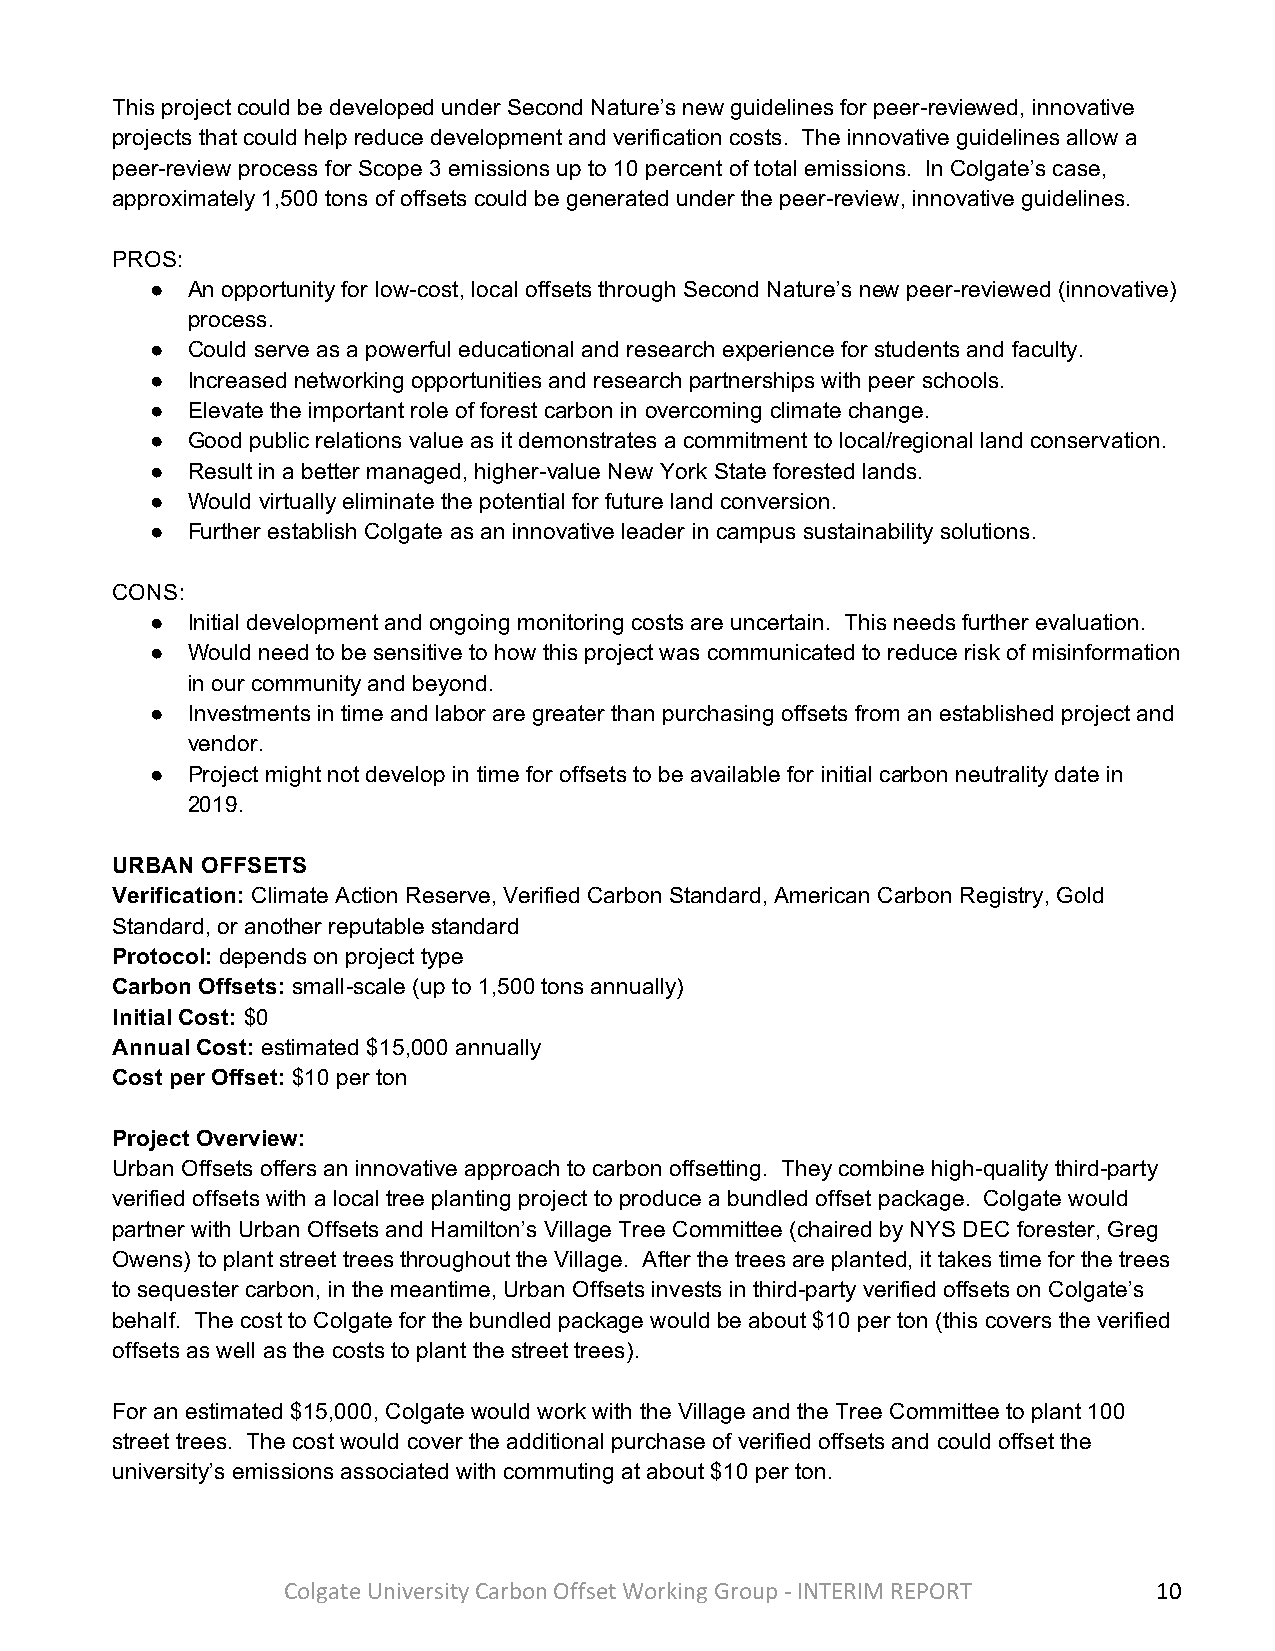
This project could be developed under Second Nature’s new guidelines for peer-reviewed, innovative
 projects that could help reduce development and verification costs. The innovative guidelines allow a
 peer-review process for Scope 3 emissions up to 10 percent of total emissions. In Colgate’s case,
 approximately 1,500 tons of offsets could be generated under the peer-review, innovative guidelines.
 PROS:
 ● An opportunity for low-cost, local offsets through Second Nature’s new peer-reviewed (innovative)
 process.
 ● Could serve as a powerful educational and research experience for students and faculty.
 ● Increased networking opportunities and research partnerships with peer schools.
 ● Elevate the important role of forest carbon in overcoming climate change.
 ● Good public relations value as it demonstrates a commitment to local/regional land conservation.
 ● Result in a better managed, higher-value New York State forested lands.
 ● Would virtually eliminate the potential for future land conversion.
 ● Further establish Colgate as an innovative leader in campus sustainability solutions.
 CONS:
 ● Initial development and ongoing monitoring costs are uncertain. This needs further evaluation.
 ● Would need to be sensitive to how this project was communicated to reduce risk of misinformation
 in our community and beyond.
 ● Investments in time and labor are greater than purchasing offsets from an established project and
 vendor.
 ● Project might not develop in time for offsets to be available for initial carbon neutrality date in
 2019.
 URBAN OFFSETS
 Verification: Climate Action Reserve, Verified Carbon Standard, American Carbon Registry, Gold
 Standard, or another reputable standard
 Protocol: depends on project type
 Carbon Offsets: small-scale (up to 1,500 tons annually)
 Initial Cost: $0
 Annual Cost: estimated $15,000 annually
 Cost per Offset: $10 per ton
 Project Overview:
 Urban Offsets offers an innovative approach to carbon offsetting. They combine high-quality third-party
 verified offsets with a local tree planting project to produce a bundled offset package. Colgate would
 partner with Urban Offsets and Hamilton’s Village Tree Committee (chaired by NYS DEC forester, Greg
 Owens) to plant street trees throughout the Village. After the trees are planted, it takes time for the trees
 to sequester carbon, in the meantime, Urban Offsets invests in third-party verified offsets on Colgate’s
 behalf. The cost to Colgate for the bundled package would be about $10 per ton (this covers the verified
 offsets as well as the costs to plant the street trees).
 For an estimated $15,000, Colgate would work with the Village and the Tree Committee to plant 100
 street trees. The cost would cover the additional purchase of verified offsets and could offset the
 university’s emissions associated with commuting at about $10 per ton.
 Colgate University Carbon Offset Working Group - INTERIM REPORT 10